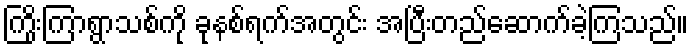
ကြိုးကြာရွာသစ်ကို ခုနစ်ရက်အတွင်း အပြီးတည်ဆောက်ခဲ့ကြသည်။